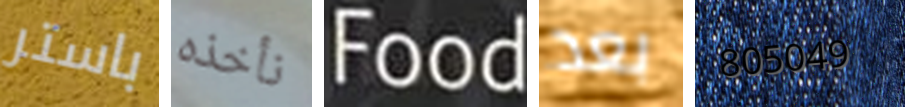
باستر نأخذه Food بعد 805049